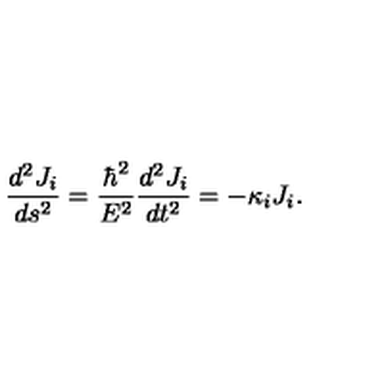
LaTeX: \frac { d ^ { 2 } J _ { i } } { d s ^ { 2 } } = \frac { \hbar ^ { 2 } } { E ^ { 2 } } \frac { d ^ { 2 } J _ { i } } { d t ^ { 2 } } = - \kappa _ { i } J _ { i } .